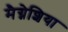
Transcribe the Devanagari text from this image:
मैग्नेशिया